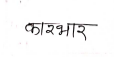
मजकूर: कारभार